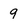
Character: 9